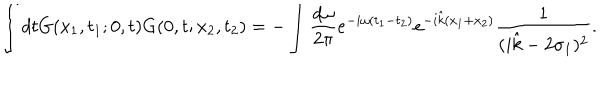
\int d t G ( x _ { 1 } , t _ { 1 } ; 0 , t ) G ( 0 , t ; x _ { 2 } , t _ { 2 } ) = - \int \frac { d \omega } { 2 \pi } e ^ { - i \omega ( t _ { 1 } - t _ { 2 } ) } e ^ { - i \hat { k } ( x _ { 1 } + x _ { 2 } ) } \frac { 1 } { ( i \hat { k } - 2 \sigma _ { 1 } ) ^ { 2 } } .